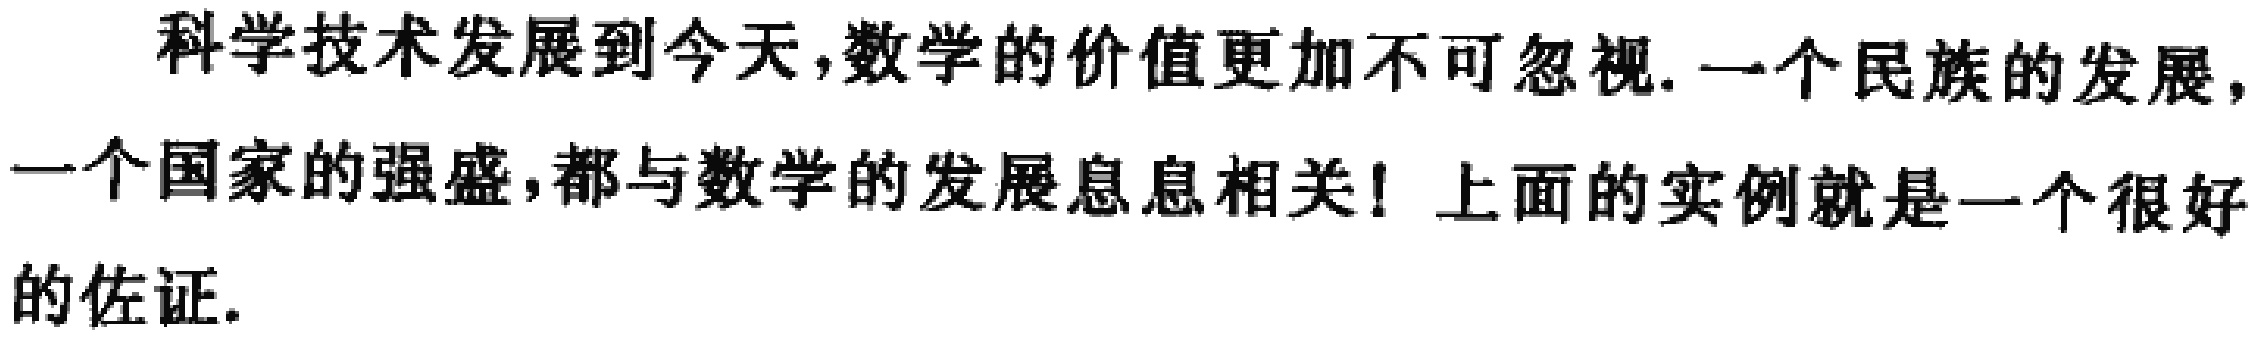
科学技术发展到今天,数学的价值更加不可忽视. 一个民族的发展,一个国家的强盛,都与数学的发展息息相关！上面的实例就是一个很好的佐证.